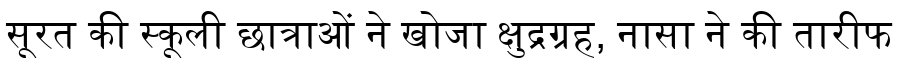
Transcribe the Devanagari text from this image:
सूरत की स्कूली छात्राओं ने खोजा क्षुद्रग्रह, नासा ने की तारीफ